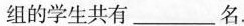
组的学生共有___名.